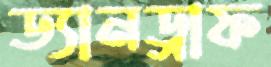
ড্যানড্রাফ